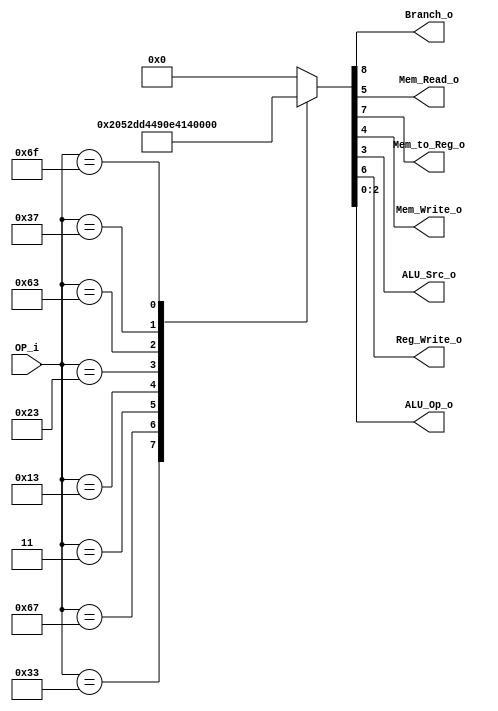
/******************************************************************
* Description
*	This is control unit for the RISC-V Microprocessor. The control unit is 
*	in charge of generation of the control signals. Its only input 
*	corresponds to opcode from the instruction bus.
*	1.0
* Author:
*	Dr. Jos Luis Pizano Escalante
* email:
*	luispizano@iteso.mx
* Date:
*	16/08/2021
*
* Modified by:
*	IS727550 - Diaz Aguayo; IS727272 - Cordero Hernandez
******************************************************************/

module Control
(
	input [6:0]OP_i,
	
	
	output Branch_o,
	output Mem_Read_o,
	output Mem_to_Reg_o,
	output Mem_Write_o,
	output ALU_Src_o,
	output Reg_Write_o,
	output [2:0]ALU_Op_o
);

localparam R_Type				= 7'h33;	// ADD, AND, OR, SLL, SRL, SUB, XOR
localparam I_Type_JUMP		= 7'h67;	// JALR
localparam I_Type_LOADING	= 7'h03; // LW
localparam I_Type_LOGIC		= 7'h13; // ADDI, ANDI, ORI, SLLI, SRLI, XORI
localparam S_Type				= 7'h23; // SW
localparam B_Type				= 7'h63; // BEQ, BNE, BLT, BGE
localparam U_Type				= 7'h37; // LUI
localparam J_Type 			= 7'h6f; // JAL

reg [8:0] control_values;

always@(OP_i) begin
	case(OP_i)//                           876_54_3_210
		R_Type: 			 control_values = 9'b001_00_0_000;
		I_Type_JUMP:	 control_values = 9'b101_00_1_011;
		I_Type_LOADING: control_values = 9'b011_10_1_010;
		I_Type_LOGIC:	 control_values = 9'b001_00_1_001;
		S_Type:			 control_values = 9'b000_01_1_100;
		B_Type:			 control_values = 9'b100_00_0_101;
		U_Type:			 control_values = 9'b001_00_1_010;
		J_Type:			 control_values = 9'b101_00_1_110;
		
		default:
			control_values= 9'b000_00_000;
		endcase
end	

assign Branch_o = control_values[8];

assign Mem_to_Reg_o = control_values[7];

assign Reg_Write_o = control_values[6];

assign Mem_Read_o = control_values[5];

assign Mem_Write_o = control_values[4];

assign ALU_Src_o = control_values[3];

assign ALU_Op_o = control_values[2:0];	

endmodule